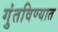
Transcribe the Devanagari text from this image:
गुंतविण्यात